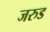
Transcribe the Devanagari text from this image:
जरुड